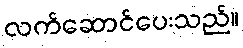
လက်ဆောင်ပေးသည်။